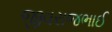
જીવરાજભાઈ